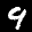
Label: 9